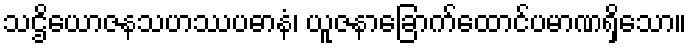
သဌိယောဇနသဟဿပဓာနံ၊ ယူဇနာခြောက်ထောင်ပမာဏရှိသော။